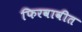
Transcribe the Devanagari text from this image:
फिरवावीत